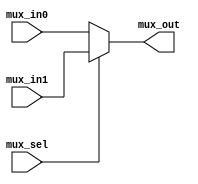
// SPDX-License-Identifier: Apache-2.0
// Copyright (C) 2019 Intel Corporation. 
//------------------------------------------------------------------------
// Description: standard 2 to 1 mux
//
//------------------------------------------------------------------------

module aib_mux21
    (
    input  wire              mux_in0,     // mux in 0
    input  wire              mux_in1,     // mux in 1
    input  wire              mux_sel,     // mux selector
    output  wire             mux_out      // mux out
     );

    assign mux_out = mux_sel ? mux_in1 : mux_in0;

endmodule